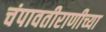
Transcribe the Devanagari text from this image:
चंपावतीराणीच्या